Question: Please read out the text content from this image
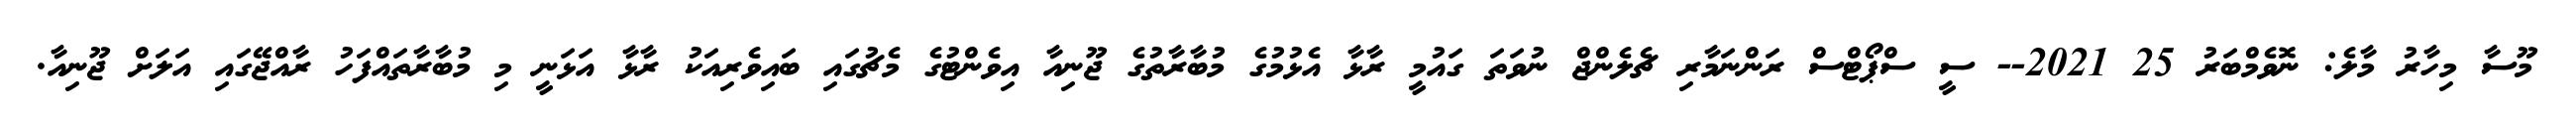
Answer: މޫސާ މިހާރު މާލެ: ނޮވެމްބަރު 25 2021-- ސީ ސްޕޯޓްސް ރަންނަމާރި ޗެލެންޖް ނުވަތަ ގައުމީ ރާޅާ އެޅުމުގެ މުބާރާތުގެ ޖޫނިއާ އިވެންޓުގެ މެޗުގައި ބައިވެރިއަކު ރާޅާ އަޅަނީ މި މުބާރާތައްފަހު ރާއްޖޭގައި އަލަށް ޖޫނިއާ.